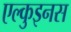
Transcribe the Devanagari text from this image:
एल्कुइनस